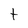
Character: t